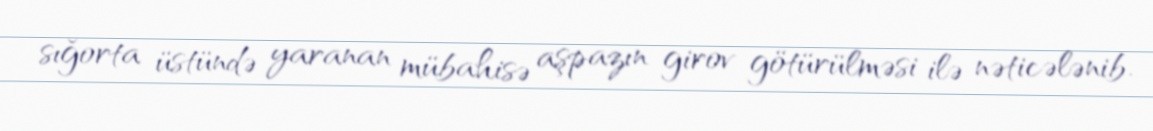
sığorta üstündə yaranan mübahisə aşpazın girov götürülməsi ilə nəticələnib.